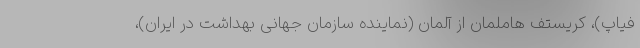
فیاپ)، کریستف هاملمان از آلمان (نماینده سازمان جهانی بهداشت در ایران)،